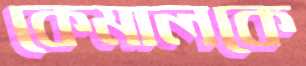
কেমালকে